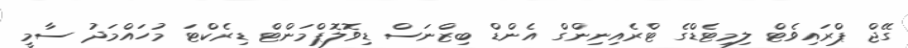
ގޭޖް ޕްރައިވެޓް ލިމިޓެޑްގެ ޓްރެއިނިންގް އެންޑް ބިޒްނަސް ޑިވޮލޮޕްމަންޓް ޑިރެކްޓަ މުހައްމަދު ސާމީ